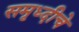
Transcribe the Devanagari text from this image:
समृध्‍दीचे